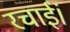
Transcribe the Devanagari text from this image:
रचाईं।